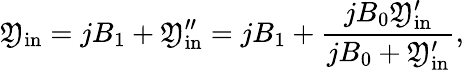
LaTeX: \mathfrak{Y}_{\mathrm{{in}}}=jB_{1}+\mathfrak{Y}_{\mathrm{{in}}}^{\prime\prime}=jB_{1}+\frac{{jB_{0}\mathfrak{Y}_{\mathrm{{in}}}^{\prime}}}{{jB_{0}+\mathfrak{Y}_{\mathrm{{in}}}^{\prime}}},